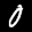
Label: 0